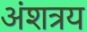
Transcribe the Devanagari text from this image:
अंशत्रय